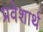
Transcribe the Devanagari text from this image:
प्रवेशार्थ